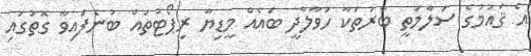
އެ ޤައުމުގެ ސަލާމަތީ ބާރުތަކާ ހަވާލާދީ ބައެއް މީޑިޔާ ރިޕޯޓުތައް ބުނެފައިވާ ގޮތުގައި